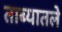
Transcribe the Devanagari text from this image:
ताब्यातले